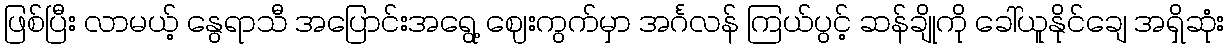
ဖြစ်ပြီး လာမယ့် နွေရာသီ အပြောင်းအရွေ့ ဈေးကွက်မှာ အင်္ဂလန် ကြယ်ပွင့် ဆန်ချိုကို ခေါ်ယူနိုင်ချေ အရှိဆုံး